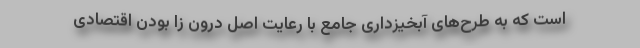
است که به طرح‌های آبخیزداری جامع با رعایت اصل درون زا بودن اقتصادی